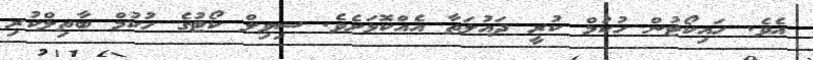
އެވެ. ހައިކޯޓުން ހުކުމް ކުރީ ދައުލަތާ އެއްކޮޅަށެވެ. ސިވިލް ކޯޓުގެ ހުކުމް ބާތިލްކުރި